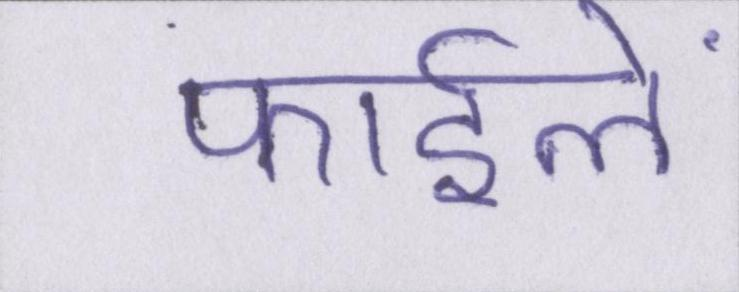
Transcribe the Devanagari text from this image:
फाईलें